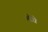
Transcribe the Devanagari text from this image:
मोधे